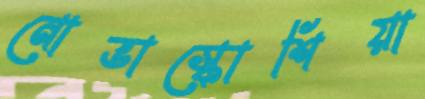
নোভাস্কোশিয়া